Senior Leaving Certificate Examination (including Day School Certificate (Higher) General paper), 1948
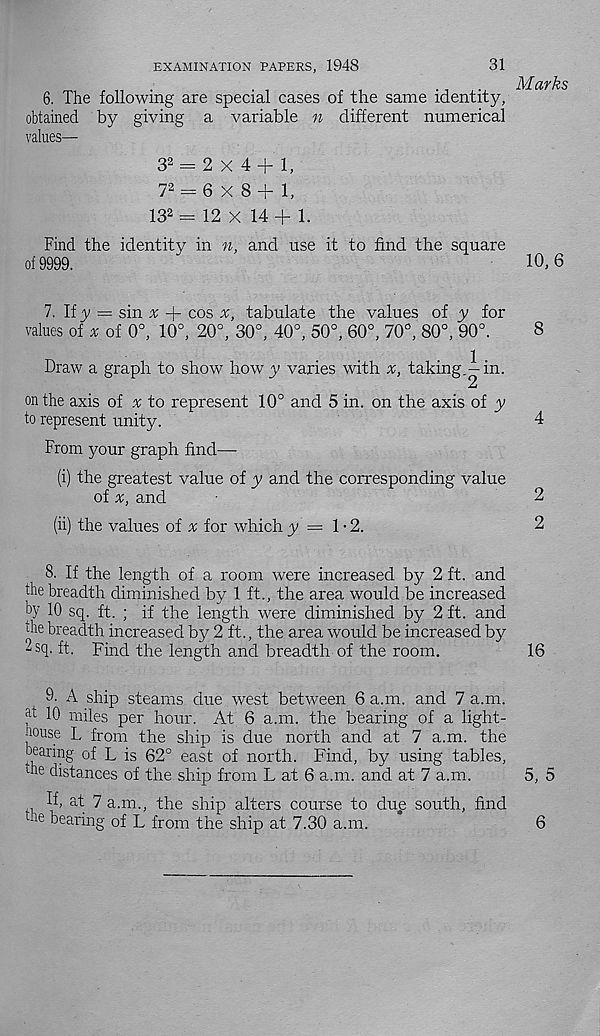
EXAMINATION PAPERS, 1948
31
6. The following are special cases of the same identity,
obtained by giving a variable n different numerical
values—
3 2 = 2 X 4 + 1,
7 2 = 6 X 8 + 1,
13 2 = 12 X 14 + 1.
Find the identity in n, and use it to find the square
of 9999.
7. If y = sin x + cos x, tabulate the values of y for
values of * of 0°, 10°, 20°, 30°, 40°, 50°, 60°, 70°, 80°, 90°.
Draw a graph to show how y varies with a;, taking
1 .
— m.
'2
on the axis of ^ to represent 10° and 5 in. on the axis of y
to represent unity.
From your graph find—
(i) the greatest value of y and the corresponding value
of x, and
(ii) the values of a; for which y — 1-2.
8. If the length of a room were increased by 2 ft. and
the breadth diminished by 1 ft., the area would be increased
by 10 sq. ft. ; if the length were diminished by 2 ft. and
die breadth increased by 2 ft., the area would be increased by
2sq. ft. Find the length and breadth of the room.
9. A ship steams due west between 6 a.m. and 7 a.m.
jd 10 miles per hour. At 6 a.m. the bearing of a light-
house L from the ship is due north and at 7 a.m. the
bearing of L is 62° east of north. Find, by using tables,
hie distances of the ship from L at 6 a.m. and at 7 a.m.
If, at 7 a.m., the ship alters course to dug south, find
cie bearing of L from the ship at 7.30 a.m.